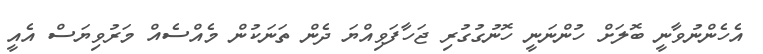
އެހެންނުވާނީ ބޮލަށް ހުންނަނީ ހޮނުގުގުރި ޖަހާފަވިއްޔަ ދެން ތަނަކުން މެއްސެއް މަރުވިޔަސް އެއީ